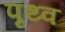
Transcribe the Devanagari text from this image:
पृथ्व